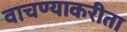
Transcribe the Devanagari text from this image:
वाचण्याकरीता